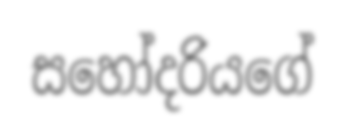
සහෝදරියගේ